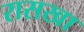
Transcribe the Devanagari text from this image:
रासखा